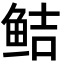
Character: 鲒